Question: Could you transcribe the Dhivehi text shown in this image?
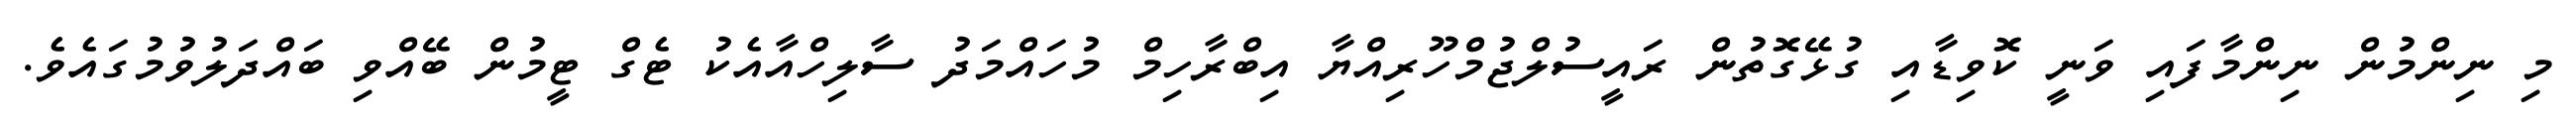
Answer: މި ނިންމުން ނިންމާފައި ވަނީ ކޮވިޑާއި ގުޅޭގޮތުން ރައީސުލްޖުމްހޫރިއްޔާ އިބްރާހިމް މުހައްމަދު ސާލިހްއާއެކު ޓެގް ޓީމުން ބޭއްވި ބައްދަލުވުމުގައެވެ.